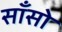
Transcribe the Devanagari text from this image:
साँसो